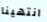
انتهينا